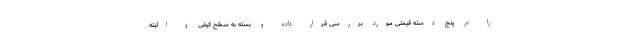
را در پنج دسته قیمتی مورد بررسی قرار داده و بسته به سطح کیفی و البته